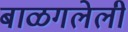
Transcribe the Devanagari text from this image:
बाळगलेली